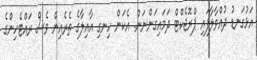
އަޅުގަނޑު ދުއްވާލާފައި ޕްރޮޖެކްޓް ދަމައިގަންނަން. އެކަން ހިނގި އާއިލާގެ ތެރެއިން ވެސް ރައްޓެހިންގެ